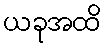
ယခုအထိ